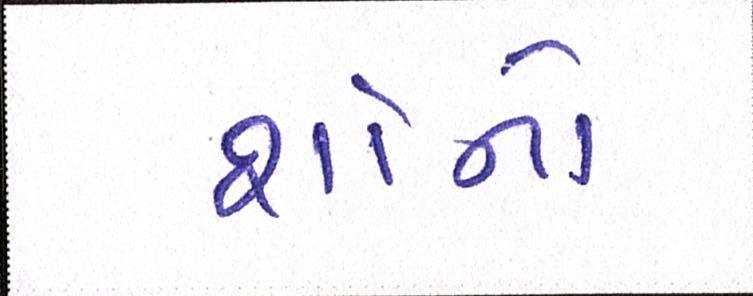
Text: શૉનો